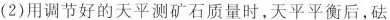
(2)用调节好的天平测矿石质量时，天平平衡后，砝